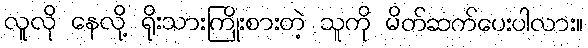
လူလို နေလို့ ရိုးသားကြိုးစားတဲ့ သူကို မိတ်ဆက်ပေးပါလား။